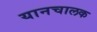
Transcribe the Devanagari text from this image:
यानचालक